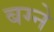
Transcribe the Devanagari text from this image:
बग्ने